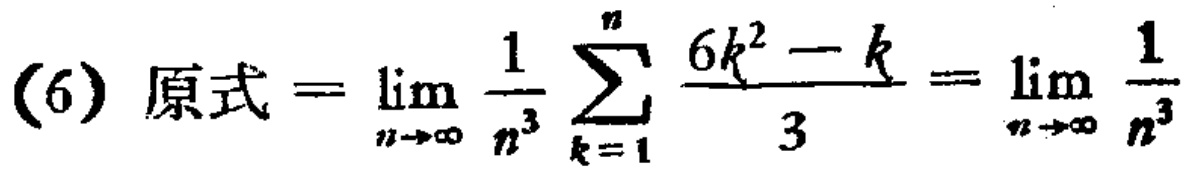
\[(6)\ 原式 = \lim_{n \to \infty} \frac{1}{n^{3}} \sum_{k = 1}^{n} \frac{6k^{2} - k}{3} = \lim_{n \to \infty} \frac{1}{n^{3}}\]